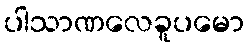
ပါသာဏလေခူပမော